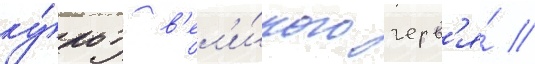
ку́льт в'ел'и́кого черв'я́ //